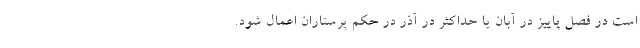
است در فصل پاییز در آبان یا حداکثر در آذر در حکم پرستاران اعمال شود.